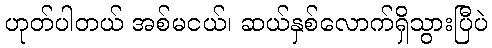
ဟုတ်ပါတယ် အစ်မငယ်၊ ဆယ်နှစ်လောက်ရှိသွားပြီပဲ